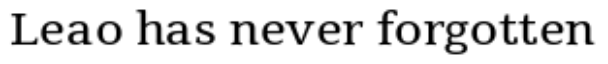
Leao has never forgotten